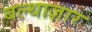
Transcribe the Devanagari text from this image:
बल्थाज़ार